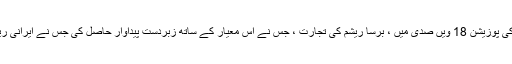
مشرقی مغرب کی تجارت میں اور مدھویا کی پوزیشن 18 ویں صدی میں ، برسا ریشم کی تجارت ، جس نے اس معیار کے ساتھ زبردست پیداوار حاصل کی جس نے ایرانی ریشم کو پیچھے چھوڑ دیا ، نے بہت اثر ڈالا۔